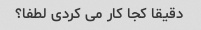
دقیقا کجا کار می کردی لطفا؟